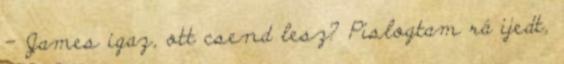
- James igaz, ott csend lesz? Pislogtam rá ijedt,